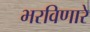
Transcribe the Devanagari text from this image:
भरविणारे